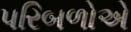
પરિબળોએ